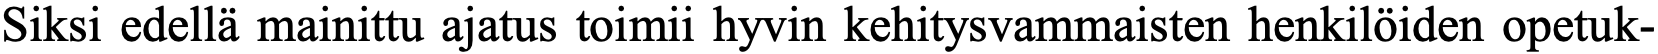
Siksi edellä mainittu ajatus toimii hyvin kehitysvammaisten henkilöiden opetuk-